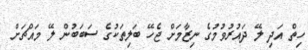
ހިތް އަދި ލޭ ދައުރުވުމުގެ ނިޒާމަށް ޖެހޭ ބަލިތަކުގެ ސަބަބުން ލޭ މައްޗަށް